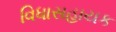
વિધાસહાયક